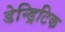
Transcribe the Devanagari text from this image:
डेन्ड्रिटिक